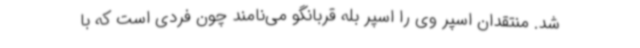
شد. منتقدان اسپر وی را اسپر بله قربانگو می‌نامند چون فردی است که با